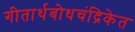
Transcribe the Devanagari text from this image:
गीतार्थबोधचंद्रिकेत